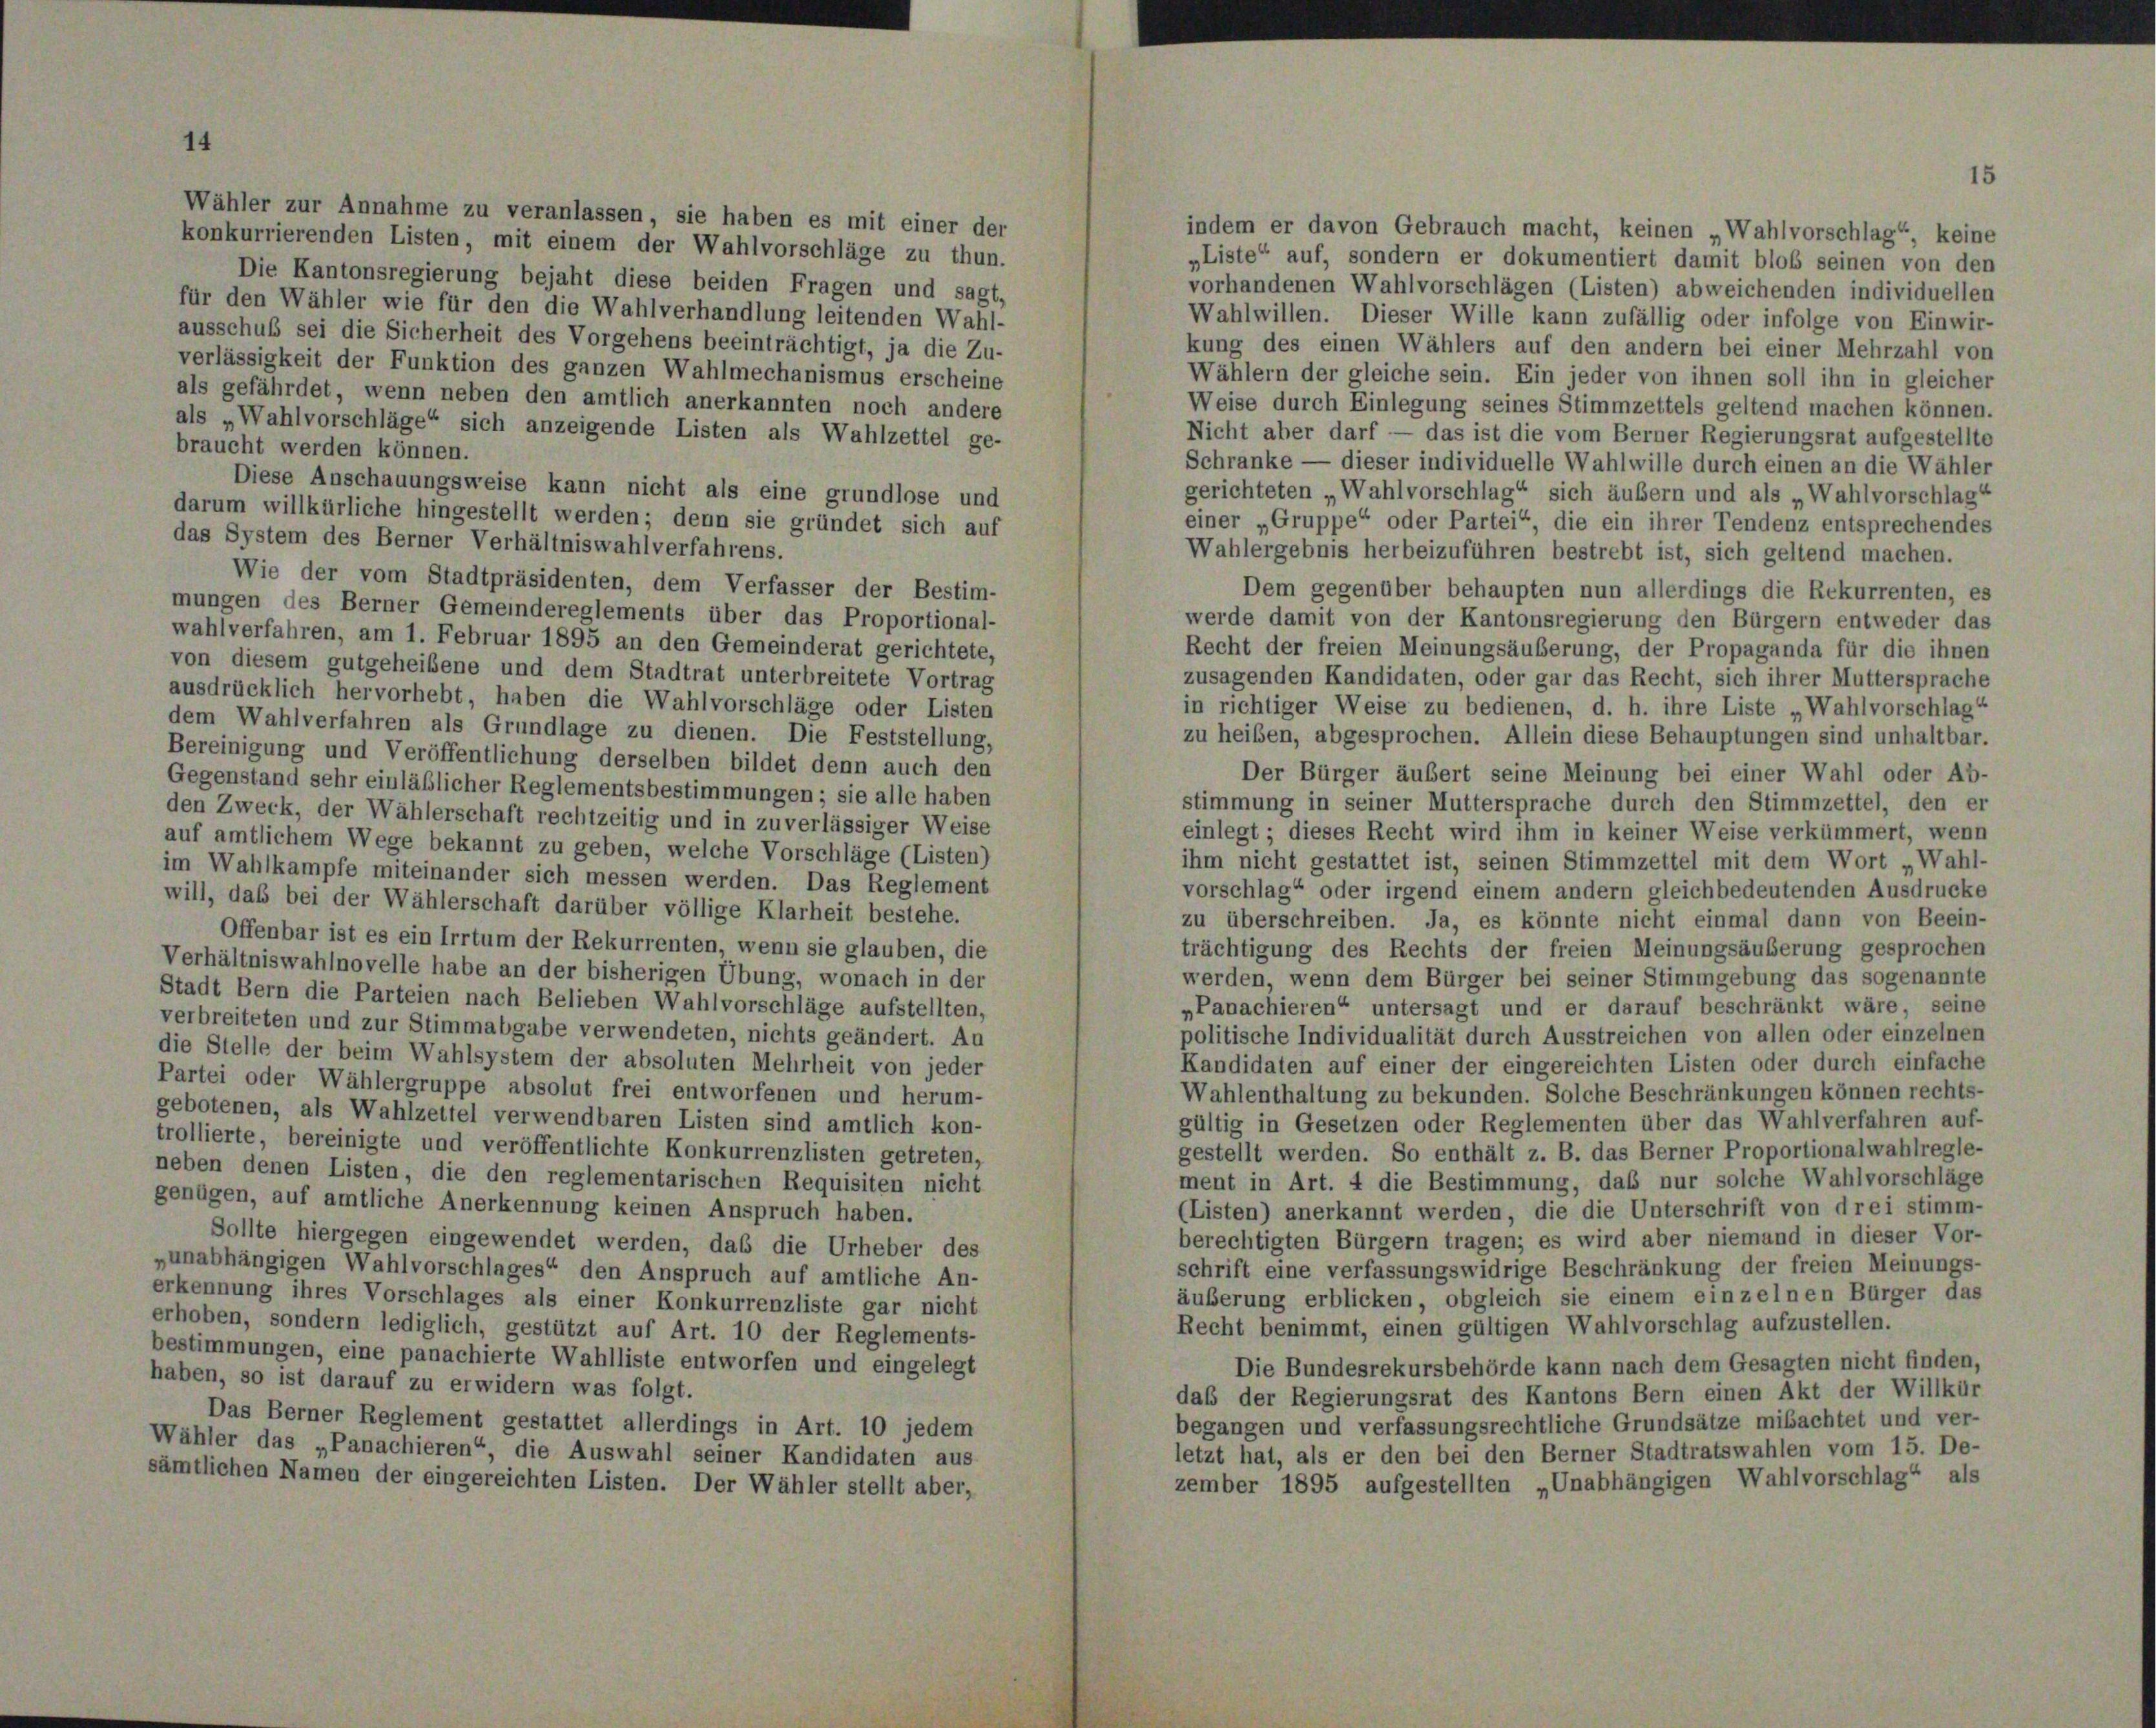
Wähler zur Annahme zu veranlassen, sie haben es mit einer der
indem er davon Gebrauch macht, keinen „Wahlvorschlag“, keine
konkurrierenden Listen, mit einem der Wahlvorschläge zu thun.
„Liste“ auf, sondern er dokumentiert damit bloß seinen von den
Die Kantonsregierung bejaht diese beiden Fragen und sagt,
vorhandenen Wahlvorschlägen (Listen) abweichenden individuellen
für den Wähler wie für den die Wahlverhandlung leitenden Wahl-
Wahlwillen. Dieser Wille kann zufällig oder infolge von Einwir-
ausschuß sei die Sicherheit des Vorgehens beeinträchtigt, ja die Zu-
kung des einen Wählers auf den andern bei einer Mehrzahl von
verlässigkeit der Funktion des ganzen Wahlmechanismus erscheine
Wählern der gleiche sein. Ein jeder von ihnen soll ihn in gleicher
als gefährdet, wenn neben den amtlich anerkannten noch andere
Weise durch Einlegung seines Stimmzettels geltend machen können.
als „Wahlvorschläge“ sich anzeigende Listen als Wahlzettel ge-
Nicht aber darf — das ist die vom Berner Regierungsrat aufgestellte
braucht werden können.
Schranke — dieser individuelle Wahlwille durch einen an die Wähler
Diese Anschauungsweise kann nicht als eine grundlose und
gerichteten „Wahlvorschlag“ sich äußern und als „Wahlvorschlag
darum willkürliche hingestellt werden; denn sie gründet sich auf
einer „Gruppe“ oder Partei“, die ein ihrer Tendenz entsprechendes
das System des Berner Verhältniswahlverfahrens.
Wahlergebnis herbeizuführen bestrebt ist, sich geltend machen.
Wie der vom Stadtpräsidenten, dem Verfasser der Bestim-
Dem gegenüber behaupten nun allerdings die Rekurrenten, es
mungen des Berner Gemeindereglements über das Proportional-
werde damit von der Kantonsregierung den Bürgern entweder das
wahlverfahren, am 1. Februar 1895 an den Gemeinderat gerichtete,
Recht der freien Meinungsäußerung, der Propaganda für die ihnen
von diesem gutgeheißene und dem Stadtrat unterbreitete Vortrag
zusagenden Kandidaten, oder gar das Recht, sich ihrer Muttersprache
ausdrücklich hervorhebt, haben die Wahlvorschläge oder Listen
in richtiger Weise zu bedienen, d. h. ihre Liste „Wahlvorschlag“
dem Wahlverfahren als Grundlage zu dienen. Die Feststellung,
zu heiben, abgesprochen. Allein diese Behauptungen sind unhaltbar.
Bereinigung und Veröffentlichung derselben bildet denn auch den
Der Bürger äußert seine Meinung bei einer Wahl oder Ab-
Gegenstand sehr einläßlicher Reglementsbestimmungen; sie alle haben
stimmung in seiner Muttersprache durch den Stimmzettel, den er
den Zweck, der Wählerschaft rechtzeitig und in zuverlässiger Weise
einlegt; dieses Recht wird ihm in keiner Weise verkümmert, wenn
auf amtlichem Wege bekannt zu geben, welche Vorschläge (Listen)
ihm nicht gestattet ist, seinen Stimmzettel mit dem Wort „Wahl-
im Wahlkampfe miteinander sich messen werden. Das Reglement
vorschlag“ oder irgend einem andern gleichbedeutenden Ausdrucke
will, daß bei der Wählerschaft darüber völlige Klarheit bestehe.
zu überschreiben. Ja, es könnte nicht einmal dann von Beein-
Offenbar ist es ein Irrtum der Rekurrenten, wenn sie glauben, die
trächtigung des Rechts der freien Meinungsäußerung gesprochen
Verhältniswahlnovelle habe an der bisherigen Übung, wonach in der
werden, wenn dem Bürger bei seiner Stimmgebung das sogenannte
Stadt Bern die Parteien nach Belieben Wahlvorschläge aufstellten,
»Panachieren“ untersagt und er darauf beschränkt wäre, seine
verbreiteten und zur Stimmabgabe verwendeten, nichts geändert. An
politische Individualität durch Ausstreichen von allen oder einzelnen
die Stelle der beim Wahlsystem der absoluten Mehrheit von jeder
Kandidaten auf einer der eingereichten Listen oder durch einfache
Partei oder Wählergruppe absolut frei entworfenen und herum-
Wahlenthaltung zu bekunden. Solche Beschränkungen können rechts-
gebotenen, als Wahlzettel verwendbaren Listen sind amtlich kon-
gültig in Gesetzen oder Reglementen über das Wahlverfahren auf-
trollierte, bereinigte und veröffentlichte Konkurrenzlisten getreten,
gestellt werden. So enthält z. B. das Berner Proportionalwahlregle-
neben denen Listen, die den reglementarischen Requisiten nicht
ment in Art. 4 die Bestimmung, daß nur solche Wahlvorschläge
genügen, auf amtliche Anerkennung keinen Anspruch haben.
(Listen) anerkannt werden, die die Unterschrift von drei stimm-
berechtigten Bürgern tragen; es wird aber niemand in dieser Vor-
Sollte hiergegen eingewendet werden, das die Urheber des
schrift eine verfassungswidrige Beschränkung der freien Meinungs-
„unabhängigen Wahlvorschlages“ den Anspruch auf amtliche An-
äußerung erblicken, obgleich sie einem einzelnen Bürger das
erkennung ihres Vorschlages als einer Konkurrenzliste gar nicht
Recht benimmt, einen gültigen Wahlvorschlag aufzustellen.
erhoben, sondern lediglich, gestützt auf Art. 10 der Reglements-
bestimmungen, eine panachierte Wahlliste entworfen und eingelegt
Die Bundesrekursbehörde kann nach dem Gesagten nicht finden,
haben, so ist darauf zu erwidern was folgt.
daß der Regierungsrat des Kantons Bern einen Akt der Willkür
Das Berner Reglement gestattet allerdings in Art. 10 jedem
begangen und verfassungsrechtliche Grundsätze mibachtet und ver-
Wähler das „Panachieren“, die Auswahl seiner Kandidaten aus
letzt hat, als er den bei den Berner Stadtratswahlen vom 15. De-
sämtlichen Namen der eingereichten Listen. Der Wähler stellt aber,
zember 1895 aufgestellten „Unabhängigen Wahlvorschlag“ als

15